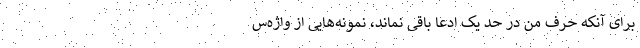
برای آنکه حرف من در حدّ یک ادعا باقی نمانَد، نمونه‌هایی از واژه‌س